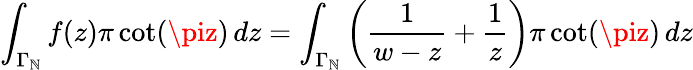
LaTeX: \int_{\Gamma_{\mathbb{N}}}f(z)\pi\cot(\piz)\, dz=\int_{\Gamma_{\mathbb{N}}}\left({\frac{{1}}{{w-z}}}+{\frac{{1}}{{z}}}\right)\pi\cot(\piz)\, dz